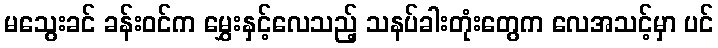
မသွေးခင် ခန်းဝင်က မွှေးနှင့်လေသည့် သနပ်ခါးတုံးတွေက လေအသင့်မှာ ပင်